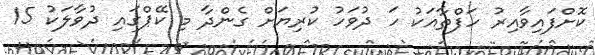
ކޮށްފައިވާއިރު ހަފްތާއަކު ހަ ދުވަހު ކުރިޔަށް ގެންދާ މި ކޭޕްގައި ދުވާލަކު 15